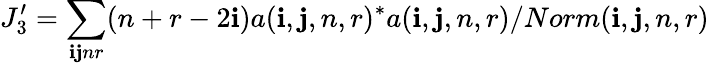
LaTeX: J_{3}^{\prime}=\sum_{\mathbf{i}\mathbf{j}nr}(n+r-2\mathbf{i})a(\mathbf{i},\mathbf{j},n,r)^{*}a(\mathbf{i},\mathbf{j},n,r)/Norm(\mathbf{i},\mathbf{j},n,r)